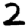
Digit: 2